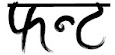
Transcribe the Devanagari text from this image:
फन्ट